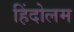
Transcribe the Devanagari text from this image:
हिंदोलम